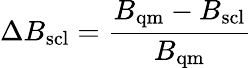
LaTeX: \Delta B_{\mathrm{scl}}=\frac{B_{\mathrm{qm}}-B_{\mathrm{scl}}}{B_{\mathrm{qm}}}